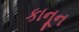
કાનૂન